Development of the parasite of Indian kala azar - Number 53
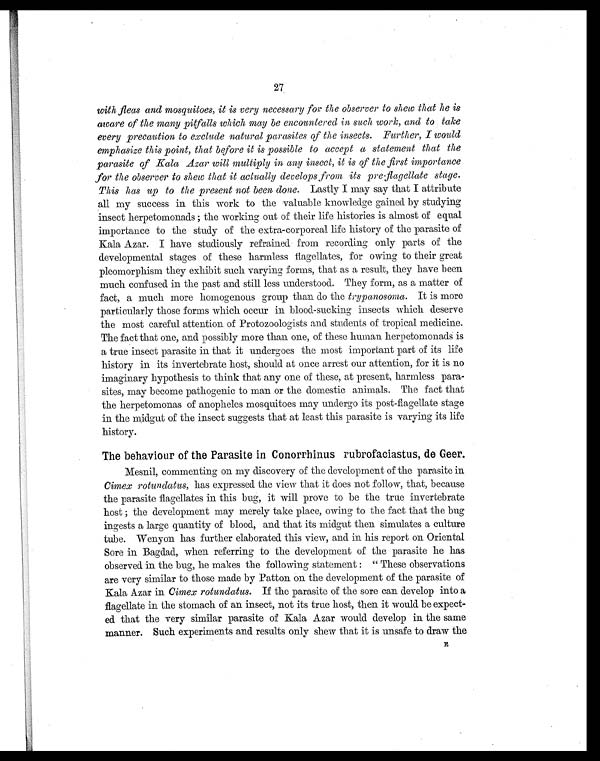
27
with fleas and mosquitoes, it is very necessary for the observer to shew that he is
aware of the many pitfalls which may be encountered in such work, and to take
every precaution to exclude natural parasites of the insects. Further, I would
emphasize this point, that before it is possible to accept a statement that the
parasite of Kala Azar will multiply in any insect, it is of the first importance
for the observer to shew that it actually develops from its pre-flagellate stage.
This has up to the present not been done. Lastly I may say that I attribute
all my success in this work to the valuable knowledge gained by studying
insect herpetomonads ; the working out of their life histories is almost of equal
importance to the study of the extra-corporeal life history of the parasite of
Kala Azar. I have studiously refrained from recording only parts of the
developmental stages of these harmless flagellates, for owing to their great
pleomorphism they exhibit such varying forms, that as a result, they have been
much confused in the past and still less understood. They form, as a matter of
fact, a much more homogenous group than do the trypanosoma . It is more
particularly those forms which occur in blood-sucking insects which. deserve
the most careful attention of Protozoologists and students of tropical medicine.
The fact that one, and possibly more than one, of these human herpetomonads is
a true insect parasite in that it undergoes the most important part of its life
history in its invertebrate host, should at once arrest our attention, for it is no
imaginary hypothesis to think that any one of these, at present, harmless para-
sites, may become pathogenic to man or the domestic animals. The fact that
the herpetomonas of anopheles mosquitoes may undergo its post-flagellate stage
in the midgut of the insect suggests that at least this parasite is varying its life
history.
The behaviour of the Parasite in Conorrhinus rubrofaciastus, de Geer.
Mesnil, commenting on my discovery of the development of the parasite in
Cimex rotundatus, has expressed the view that it does not follow, that, because
the parasite flagellates in this bug, it will prove to be the true invertebrate
host ; the development may merely take place, owing to the fact that the bug
ingests a large quantity of blood, and that its midgut then simulates a culture
tube. Wenyon has further elaborated this view, and in his report on Oriental
Sore in Bagdad, when referring to the development of the parasite he has
observed in the bug, he makes the following statement : " These observations
are very similar to those made by Patton on the development of the parasite of
Kala Azar in Cimex rotundatus. If the parasite of the sore can develop into a
flagellate in the stomach of an insect, not its true host, then it would be expect-
ed. that the very similar parasite of Kala Azar would develop in the same
manner. Such experiments and. results only shew that it is unsafe to draw the E